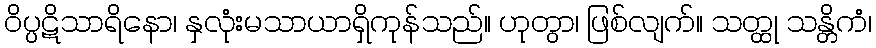
ဝိပ္ပဋိသာရိနော၊ နှလုံးမသာယာရှိကုန်သည်။ ဟုတွာ၊ ဖြစ်လျက်။ သတ္ထု သန္တိကံ၊